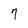
Character: 7